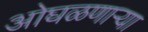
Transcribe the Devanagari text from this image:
ओघळणाऱ्या